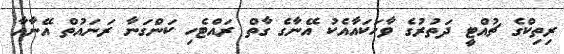
ރިތިކްގެ ޗުއްޓީ ދަތުރުގެ ވާހަކައާއެކު އޭނާގެ ގާތް ރައްޓެހި ކަންގަނާ ރަނައުތް އޭނާއާ